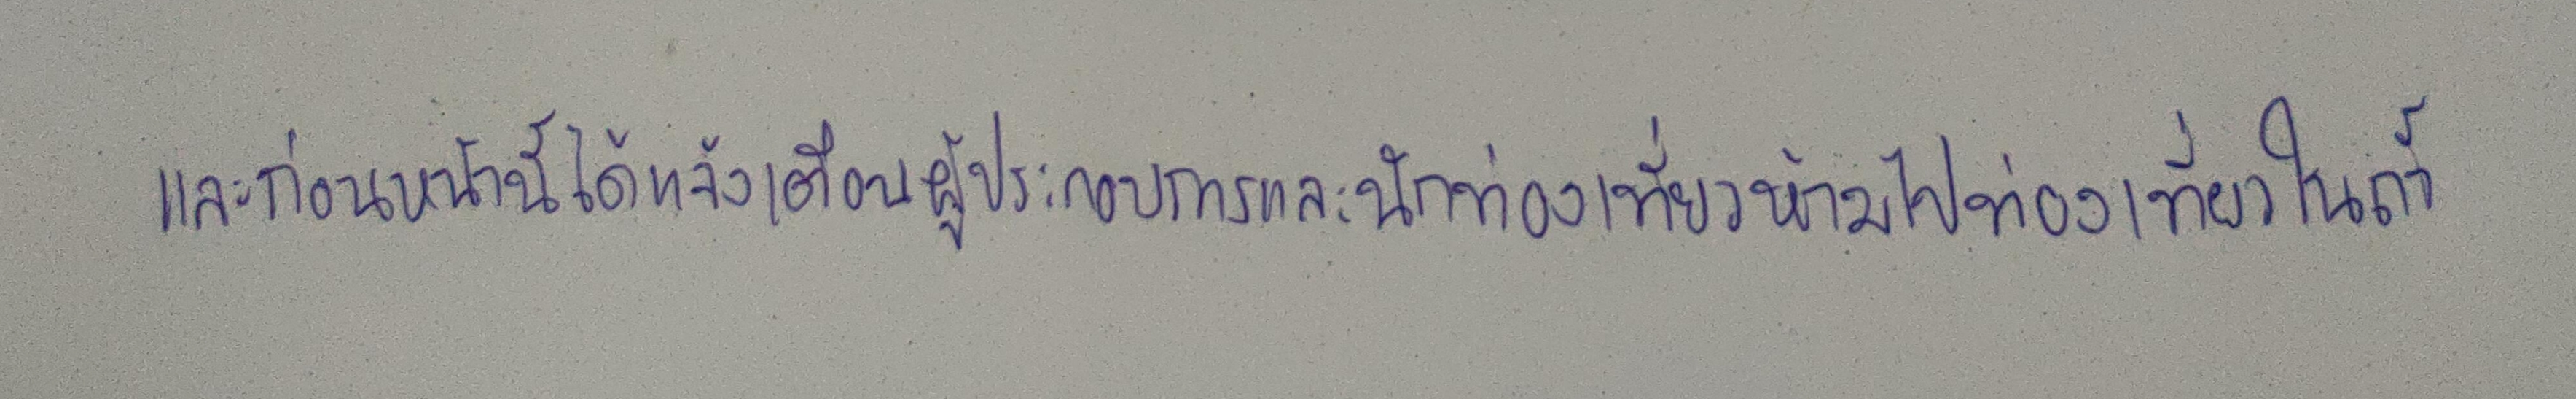
และก่อนหน้านี้ได้แจ้งเตือนผู้ประกอบการและนักท่องเที่ยวห้ามไปท่องเที่ยวในถ้ำ